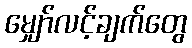
မျှော်လင့်ချက်တွေ